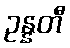
ဥန္နတီ